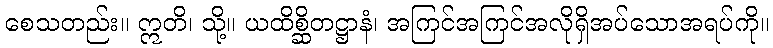
စေသတည်း။ ဣတိ၊ သို့။ ယထိစ္ဆိတဋ္ဌာနံ၊ အကြင်အကြင်အလိုရှိအပ်သောအရပ်ကို။